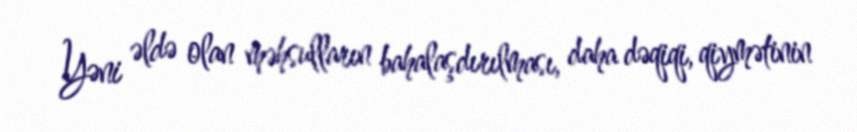
Yəni əldə olan məhsulların bahalaşdırılması, daha dəqiqi, qiymətinin